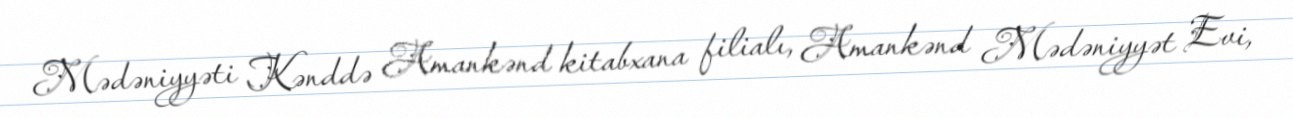
Mədəniyyəti Kənddə Amankənd kitabxana filialı, Amankənd Mədəniyyət Evi,